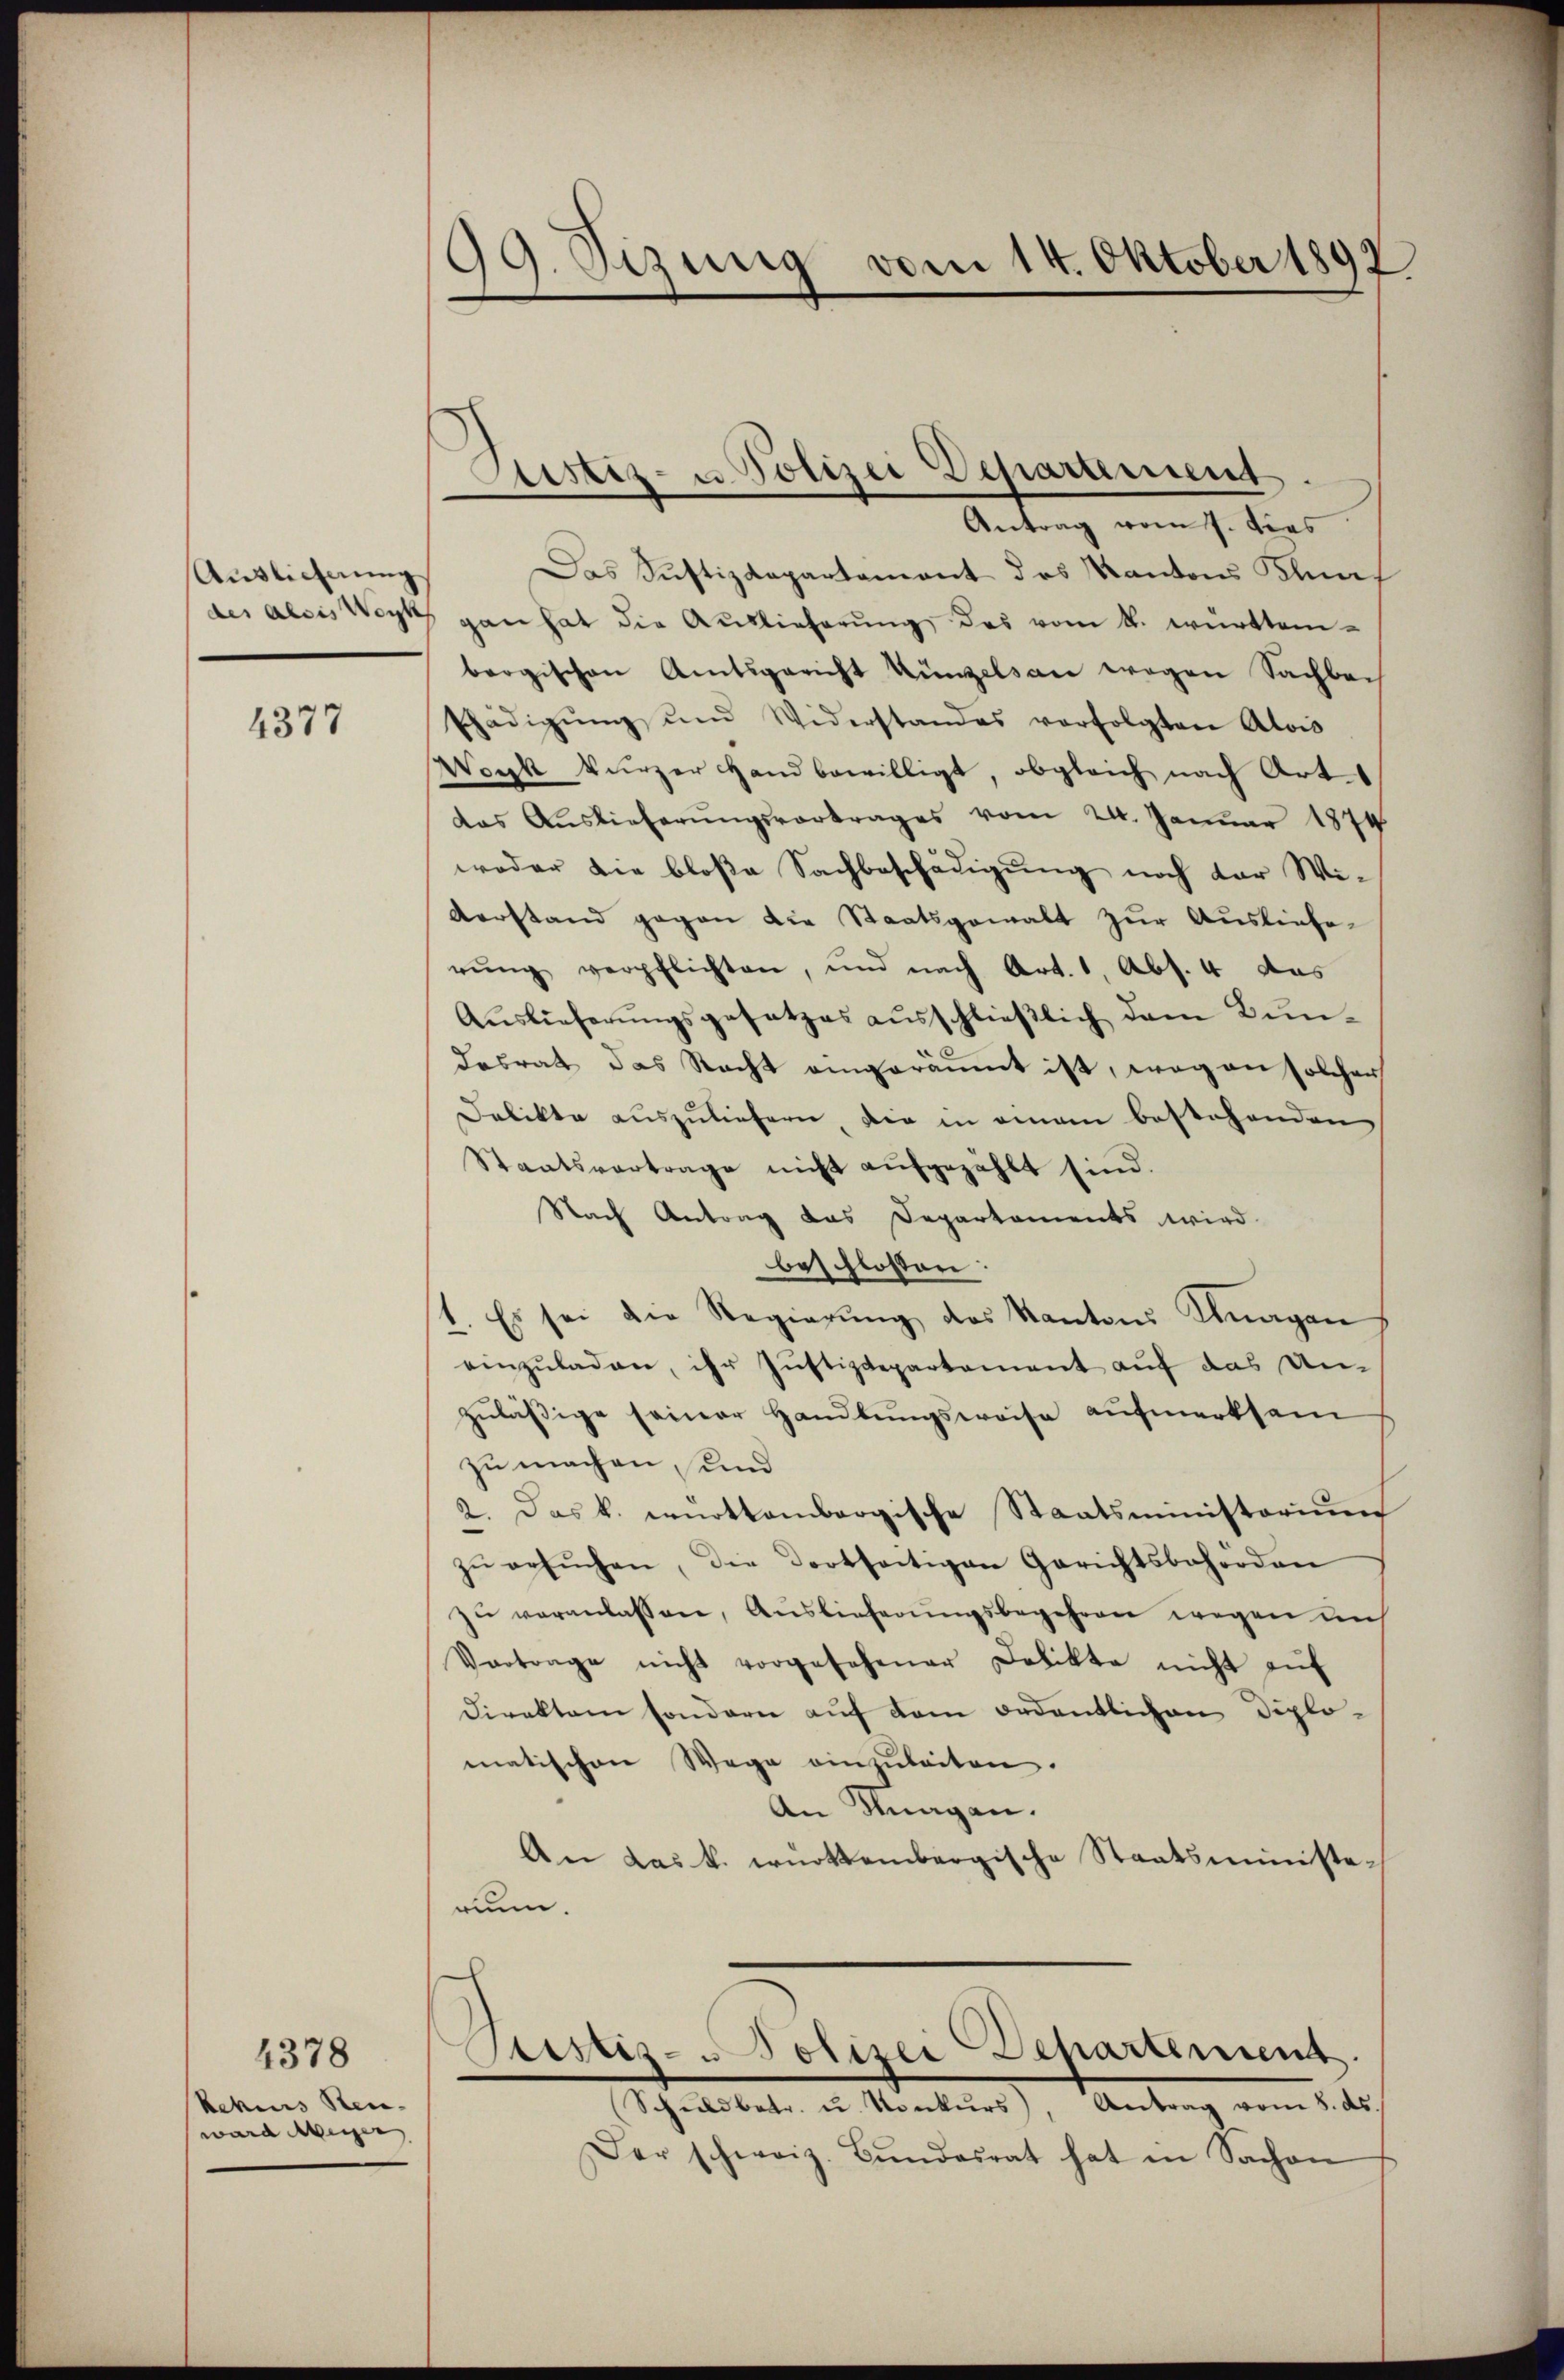
Auslicherung
des Alois Werk

4377

Bekens Steue
ward Messer

4378

99. Sizung vom 14. Oktober 1892

Justiz- u Polizei Departement

Antrag vom 7. dies
Das Justizdepartement des Kantons Klas
gan hat die Auslieferŭng des vom k. württembergischen Amtsgericht Künzels an wegen Sachbac
schädigŭng ŭnd Widerstandes verfolgten Alois
Werk kurzer Hand bewilligt, obgleich nach Art.
das Aŭslieferŭngsvortrages vom 24. Janŭar 1874
woder die bloße Sachbeschädigung noch der Wi-
Verstand gegen die Staatsgewalt zur Auslieferŭng verpflichten, und nach Art. 1, Abs. 4 das
Aŭslieferŭngsgesetzes ausschließlich dem Bundesrat das Recht eingeräumt ist, weg an solchen
Delikte aŭszŭliefern, die in einem bestehenden
Staatsvertrage nicht aufgezählt sind.
Nach Antrag das Departements wird
beschlossen
1. Es sei die Regierŭng des Kantons Knagen
einzŭladen, ihr Justizdepartement auf das Unzuläßige seiner Handlungsweise aufmerksam
zu machen, und
2. Das k. ernottembergische Staatsministorium
zŭ ersŭchen, die dortseitigen Gerichtsbehörden
zŭ veranlassen, Auslieferŭngsbegehren wegen uns
Vertrage nicht vorgesehener Delikte nicht aŭf
Direktor sondern aŭf dem ordentlichen Diplo-
matischen Wege einzŭleiten.
An Fragen.
An das k. württembergische Staatsministe-
runn.
Sistiz- u Polizei Departemens
Schnetet, u. Mobiles, Antrag vom 1.te
Der schweiz. Bŭndesrat hat in Sachen